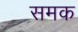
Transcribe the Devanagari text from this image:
समक